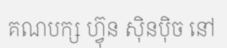
គណបក្ស ហ្វ៊ុន ស៊ិនប៉ិច នៅ